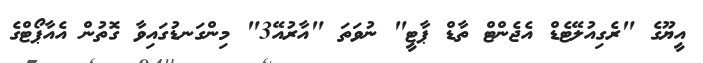
އީޔޫގެ "ރެގިއުލޭޓެޑް އެޖެންޓް ތާޑް ޕާޓީ" ނުވަތަ "އާރުއޭ3" މިންގަނޑުގައިވާ ގޮތުން އެއާޕޯޓްގެ